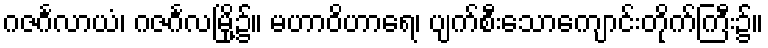
ဂဇင်္ဂလာယံ၊ ဂဇင်္ဂလမြို့၌။ မဟာဝိဟာရေ၊ ပျက်စီးသောကျောင်းတိုက်ကြီး၌။